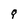
Character: q